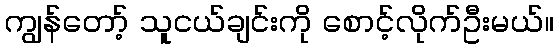
ကျွန်တော့် သူငယ်ချင်းကို စောင့်လိုက်ဦးမယ်။